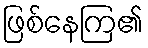
ဖြစ်နေကြ၏